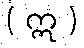
( ဣ )